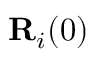
{ \bf R } _ { i } ( 0 )